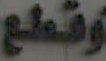
وقطع